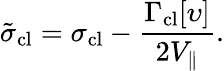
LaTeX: \tilde{\sigma}_{\mathrm{cl}}=\sigma_{\mathrm{cl}}-\frac{\Gamma_{\mathrm{cl}}[\upsilon]}{2V_{\| }}.